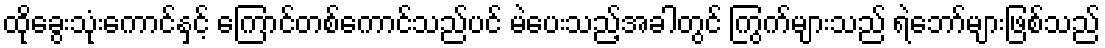
ထိုခွေးသုံးကောင်နှင့် ကြောင်တစ်ကောင်သည်ပင် မဲပေးသည့်အခါတွင် ကြွက်များသည် ရဲဘော်များဖြစ်သည်